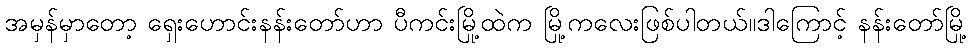
အမှန်မှာတော့ ရှေးဟောင်းနန်းတော်ဟာ ပီကင်းမြို့ထဲက မြို့ကလေးဖြစ်ပါတယ်။ဒါကြောင့် နန်းတော်မြို့